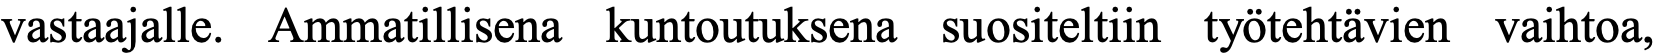
vastaajalle. Ammatillisena kuntoutuksena suositeltiin työtehtävien vaihtoa,